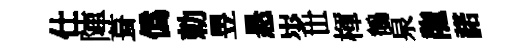
仕陣葺僞勅昱悬𡵯𠀍楎鶺泉龍諾